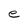
Character: e